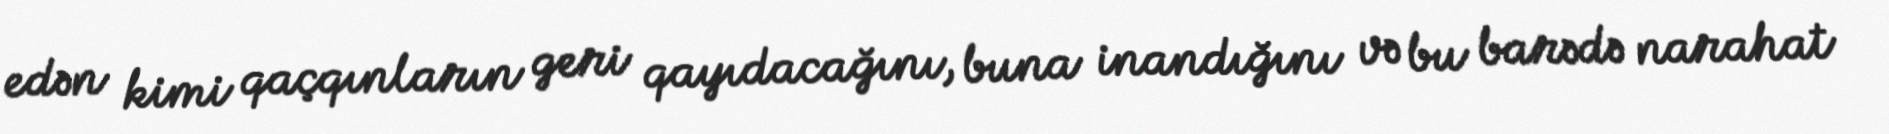
edən kimi qaçqınların geri qayıdacağını, buna inandığını və bu barədə narahat